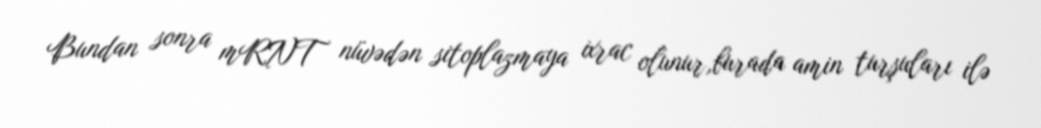
Bundan sonra mRNT nüvədən sitoplazmaya ixrac olunur,burada amin turşuları ilə